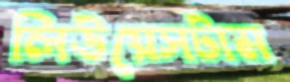
লিউয়েসটাম